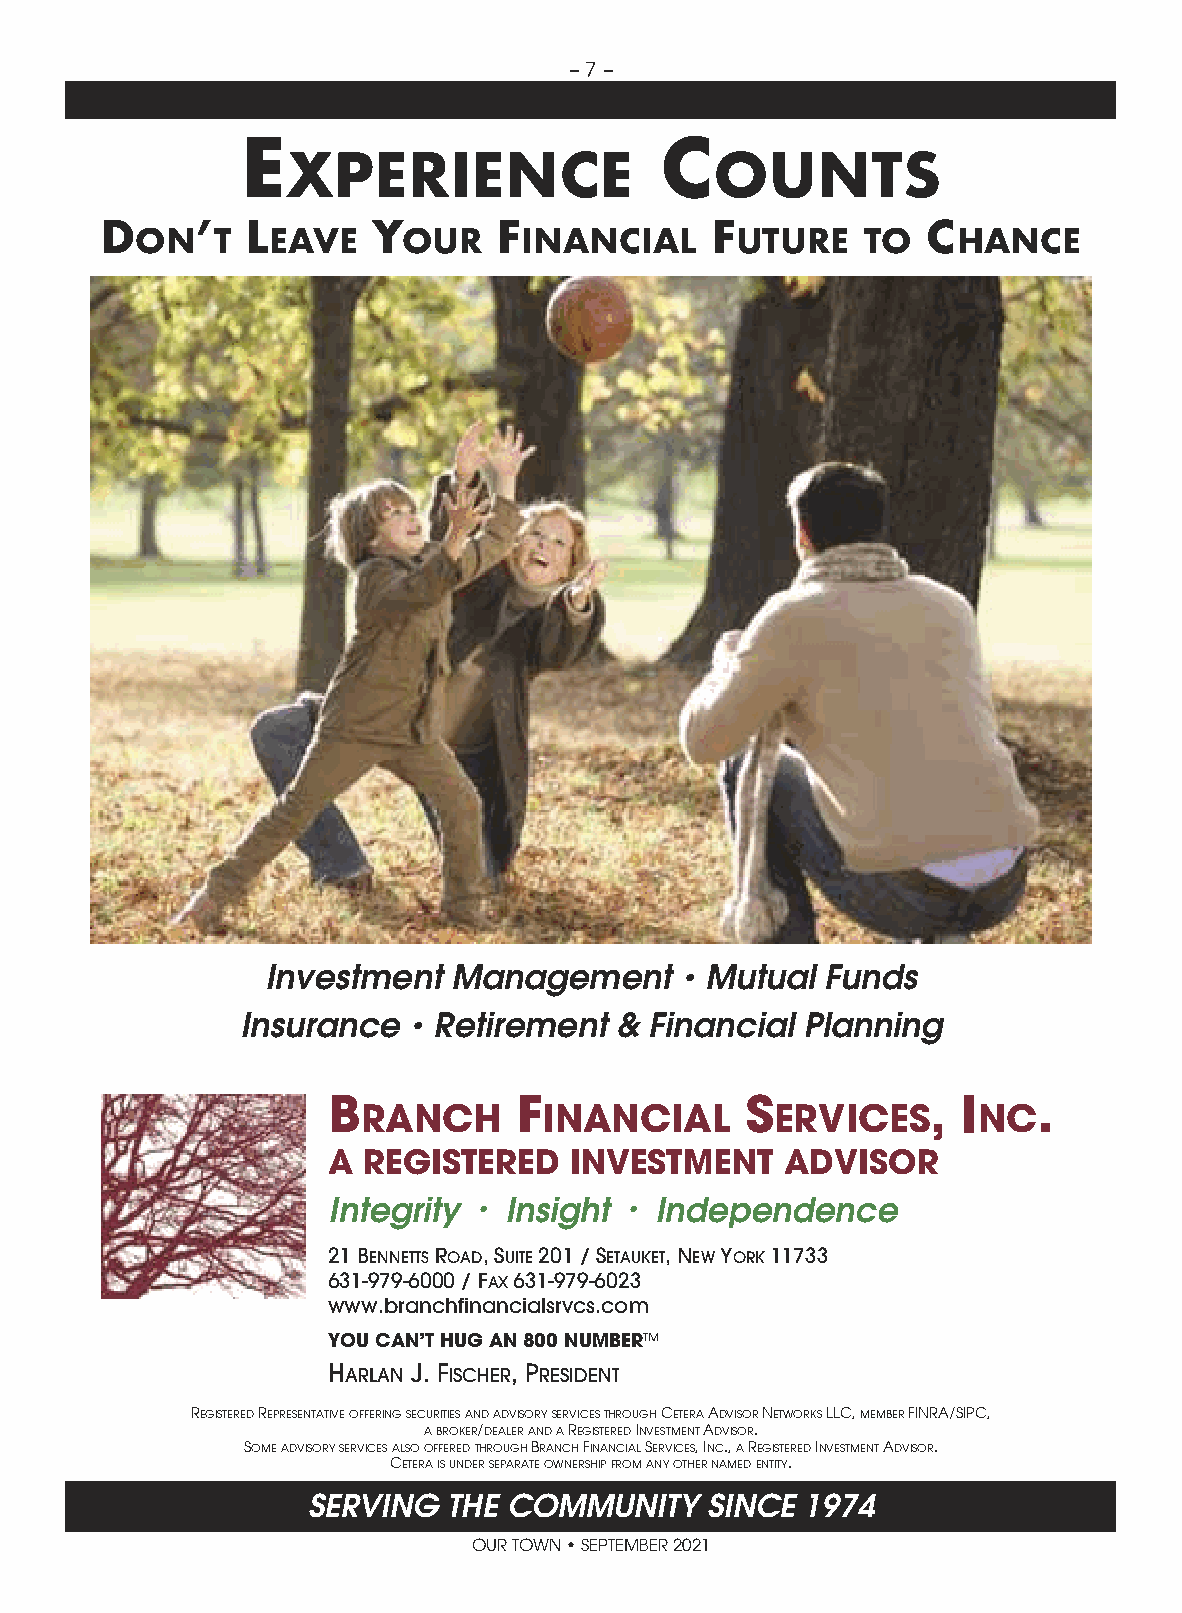
– 7 –
 E                           C
 XPERIENCE                   OUNTS
 D     ’  L        Y       F             F             C
 ON   T   EAVE     OUR    INANCIAL       UTURE   TO    HANCE
 Investment  Management     • Mutual  Funds
 Insurance  • Retirement  & Financial Planning
 B           F              S            , I    .
 RANCH       INANCIAL       ERVICES       NC
 A REGISTERED    INVESTMENT    ADVISOR
 Integrity • Insight • Independence
 21 BENNETTS ROAD, SUITE 201 / SETAUKET, NEW YORK 11733
 631-979-6000 / FAX 631-979-6023
 www.branchfinancialsrvcs.com
 YOU CAN’T HUG AN 800 NUMBER™
 HARLAN J. FISCHER, PRESIDENT
 REGISTERED REPRESENTATIVE OFFERING SECURITIES AND ADVISORY SERVICES THROUGH CETERA ADVISOR NETWORKS LLC, MEMBER FINRA/SIPC,
 A BROKER/DEALER AND A REGISTERED INVESTMENT ADVISOR.
 SOME ADVISORY SERVICES ALSO OFFERED THROUGH BRANCH FINANCIAL SERVICES, INC., A REGISTERED INVESTMENT ADVISOR.
 CETERA IS UNDER SEPARATE OWNERSHIP FROM ANY OTHER NAMED ENTITY.
 SERVING   THE COMMUNITY    SINCE 1974
 OUR TOWN • SEPTEMBER 2021